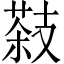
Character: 𦷨